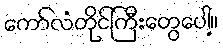
ကော်လံတိုင်ကြီးတွေပေါ့။